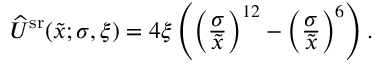
\begin{array} { r } { \widehat { U } ^ { \mathrm { s r } } ( \tilde { x } ; \sigma , \xi ) = 4 \xi \left( \left( \frac { \displaystyle \sigma } { \displaystyle \tilde { x } } \right) ^ { 1 2 } - \left( \frac { \displaystyle \sigma } { \displaystyle \tilde { x } } \right) ^ { 6 } \right) . } \end{array}